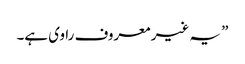
” یہ غیر معروف راوی ہے۔